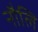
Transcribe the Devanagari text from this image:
नौलि